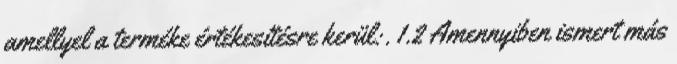
amellyel a terméke értékesítésre kerül:. 1.2 Amennyiben ismert más